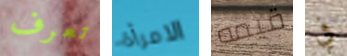
تعرف الامرأة قيمه في